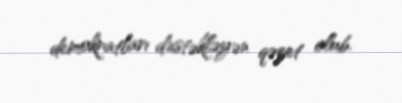
demokratları dəstəkləyən qəzet olub.